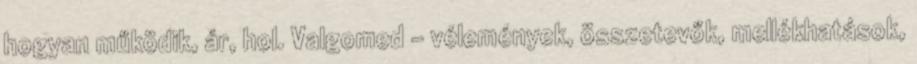
hogyan működik, ár, hol. Valgomed – vélemények, összetevők, mellékhatások,